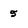
Character: 5